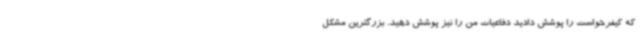
که کیفرخواست را پوشش دادید دفاعیات من را نیز پوشش دهید. بزرگترین مشکل